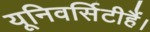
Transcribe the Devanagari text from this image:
यूनिवर्सिटीहैं।